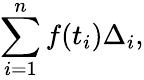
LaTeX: \sum_{i=1}^{n}f(t_{i})\Delta_{i},